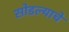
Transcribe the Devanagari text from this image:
सोडल्याचे